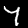
Label: 7